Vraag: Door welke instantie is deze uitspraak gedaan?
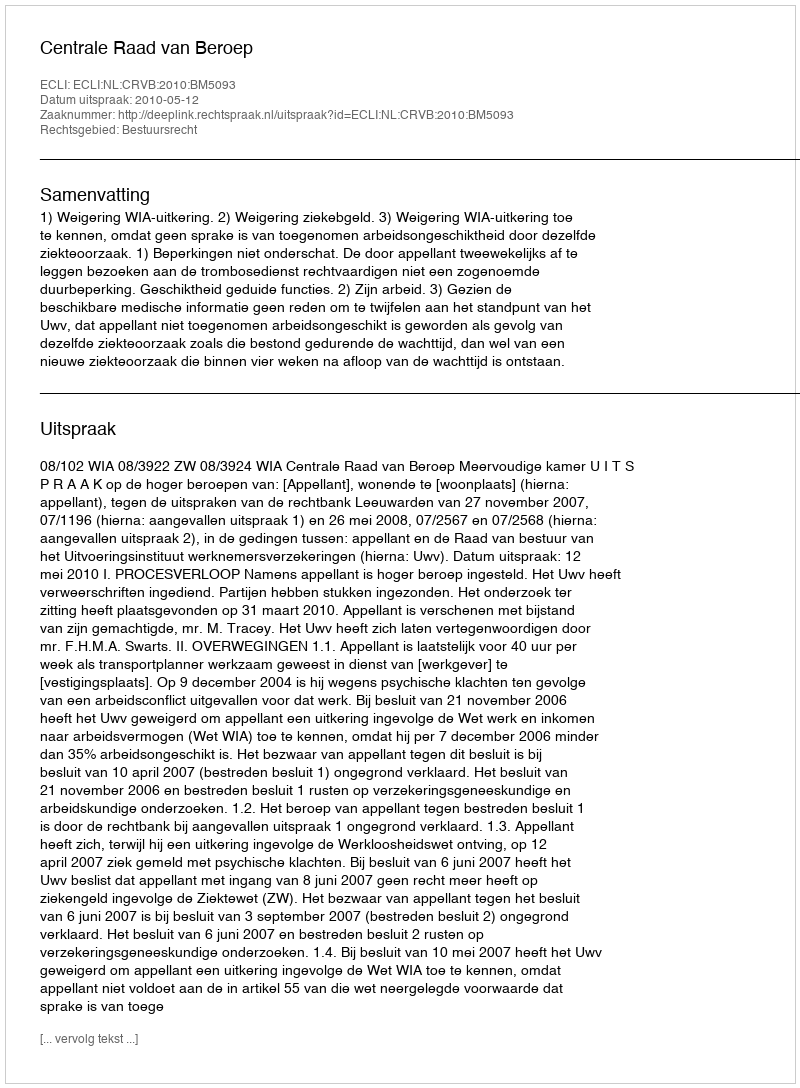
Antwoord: Centrale Raad van Beroep